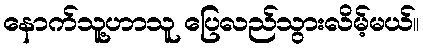
နောက်သူ့ဟာသူ ပြေလည်သွားလိမ့်မယ်။